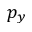
p _ { y }